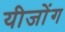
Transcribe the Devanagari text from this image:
यीजोंग